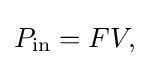
P_{\mathrm {in} }=FV,\!